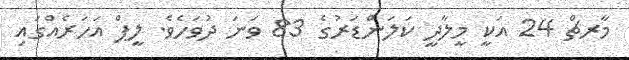
މާރޗް 24 އަކީ މީލާދީ ކަލަންޑަރުގެ 83 ވަނަ ދުވަހެވެ. ލީޕް އަހަރެއްގައި